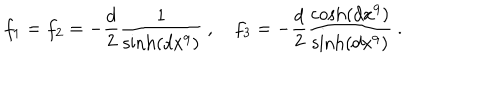
f _ { 1 } = f _ { 2 } = - { \frac { d } { 2 } } { \frac { 1 } { \mathrm { s i n h } ( d x ^ { 9 } ) } } \ , \quad f _ { 3 } = - { \frac { d } { 2 } } { \frac { \mathrm { c o s h } ( d x ^ { 9 } ) } { \mathrm { s i n h } ( d x ^ { 9 } ) } } \ .